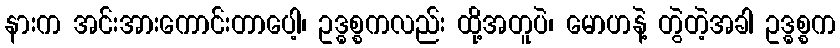
နားက အင်းအားကောင်းတာပေါ့၊ ဥဒ္ဓစ္စကလည်း ထို့အတူပဲ၊ မောဟနဲ့ တွဲတဲ့အခါ ဥဒ္ဓစ္စက